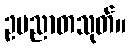
ဥပညာတသုတ်။